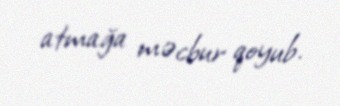
atmağa məcbur qoyub.